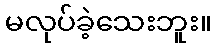
မလုပ်ခဲ့သေးဘူး။